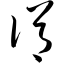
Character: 佾